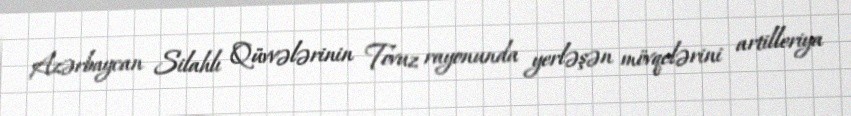
Azərbaycan Silahlı Qüvvələrinin Tovuz rayonunda yerləşən mövqelərini artilleriya